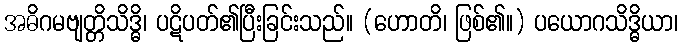
အဓိဂမဗျတ္တိသိဒ္ဓိ၊ ပဋိပတ်၏ပြီးခြင်းသည်။ (ဟောတိ၊ ဖြစ်၏။) ပယောဂသိဒ္ဓိယာ၊